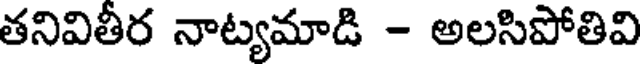
తనివితీర నాట్యమాడి - అలసిపోతివి